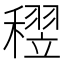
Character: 𥡪